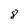
Character: 8